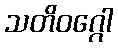
သတိဝဂ္ဂေါ